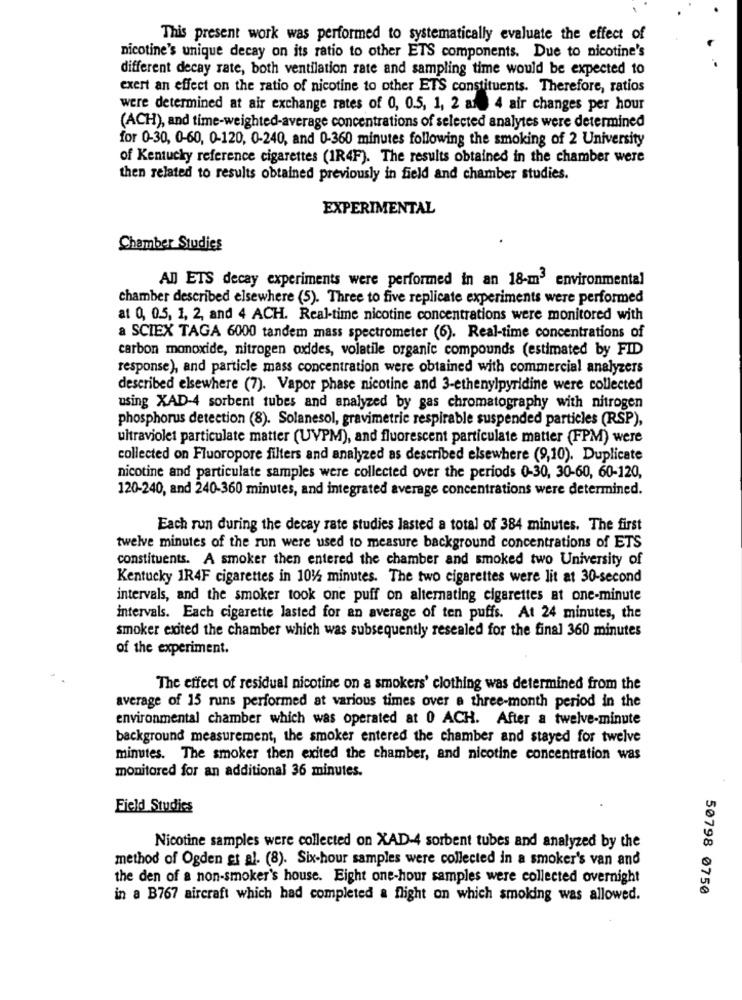
This present work was performed to systematically evaluate the effect of
nicotine's unique decay on its ratio to other ETS components. Due to nicotine's
different decay rate, both ventilation rate and sampling time would be expected to
exert an effect on the ratio of nicotine to other ETS constituents. Therefore, ratios
were determined at air exchange rates of 0, 0.5, 1, 2 ary 4 air changes per hour
(ACH), and time-weighted-average concentrations of selected analytes were determined
for 0-30, 0-60, 0-120, 0-240, and 0-360 minutes following the smoking of 2 University
of Kentucky reference cigarettes (1R4F). The results obtained in the chamber were
then related to results obtained previously in field and chamber studies.
EXPERIMENTAL
Chamber Studies
AD ETS decay experiments were performed in an 18-m3 environmental
chamber described elsewhere (5). Three to five replicate experiments were performed
at 0, 0.5, 1, 2, and 4 ACH. Real-time nicotine concentrations were monitored with
a SCIEX TAGA 6000 tandem mass spectrometer (6). Real-time concentrations of
carbon monoxide, nitrogen oxides, volatile organic compounds (estimated by FID
response), and particle mass concentration were obtained with commercial analyzers
described elsewhere (7). Vapor phase nicotine and 3-ethenylpyridine were collected
using XAD-4 sorbent tubes and analyzed by gas chromatography with nitrogen
phosphorus detection (8). Solanesol, gravimetric respirable suspended particles (RSP),
ultraviolet particulate matter (UVPM), and fluorescent particulate matter (FPM) were
collected on Fluoropore filters and analyzed as described elsewhere (9,10). Duplicate
nicotine and particulate samples were collected over the periods 0-30, 30-60, 60-120,
120-240, and 240-360 minutes, and integrated average concentrations were determined.
Each run during the decay rate studies lasted a total of 384 minutes. The first
twelve minutes of the run were used to measure background concentrations of ETS
constituents. A smoker then entered the chamber and smoked two University of
Kentucky 1R4F cigarettes in 1012 minutes. The two cigarettes were lit at 30-second
intervals, and the smoker took one puff on alternating cigarettes at one-minute
intervals. Each cigarette lasted for an average of ten puffs. At 24 minutes, the
smoker exited the chamber which was subsequently resealed for the final 360 minutes
of the experiment.
The effect of residual nicotine on a smokers' clothing was determined from the
average of 15 runs performed at various times over a three-month period in the
environmental chamber which was operated at 0 ACH. After a twelve-minute
background measurement, the smoker entered the chamber and stayed for twelve
minutes. The smoker then exited the chamber, and nicotine concentration was
monitored for an additional 36 minutes.
Field Studies
Nicotine samples were collected on XAD-4 sorbent tubes and analyzed by the
method of Ogden et al. (8). Six-hour samples were collected in a smoker's van and
the den of a non-smoker's house. Eight one-hour samples were collected overnight
50798 0750
in a B767 aircraft which had completed a flight on which smoking was allowed.